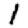
Digit: 1